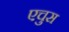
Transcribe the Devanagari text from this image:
एचुस